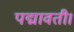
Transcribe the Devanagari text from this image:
पद्मावती।